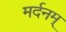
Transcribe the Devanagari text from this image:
मर्दनम्